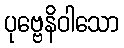
ပုဗ္ဗေနိဝါသော